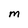
Character: M